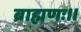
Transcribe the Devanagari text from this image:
ब्राह्मणः।।